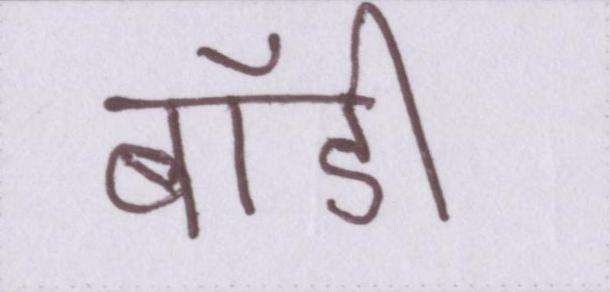
बॉडी